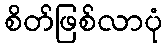
စိတ်ဖြစ်လာပုံ